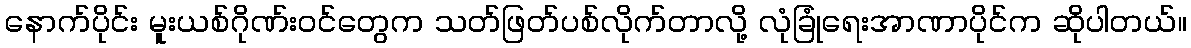
နောက်ပိုင်း မူးယစ်ဂိုဏ်းဝင်တွေက သတ်ဖြတ်ပစ်လိုက်တာလို့ လုံခြုံရေးအာဏာပိုင်က ဆိုပါတယ်။